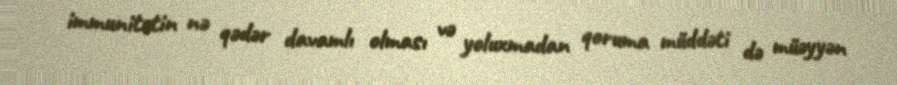
immunitetin nə qədər davamlı olması və yoluxmadan qoruma müddəti də müəyyən